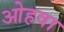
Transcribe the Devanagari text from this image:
ओहवा